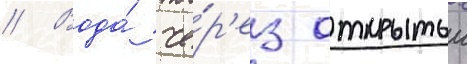
// Вода́ че́р'ез открытыи